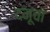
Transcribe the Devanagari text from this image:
दनूचा